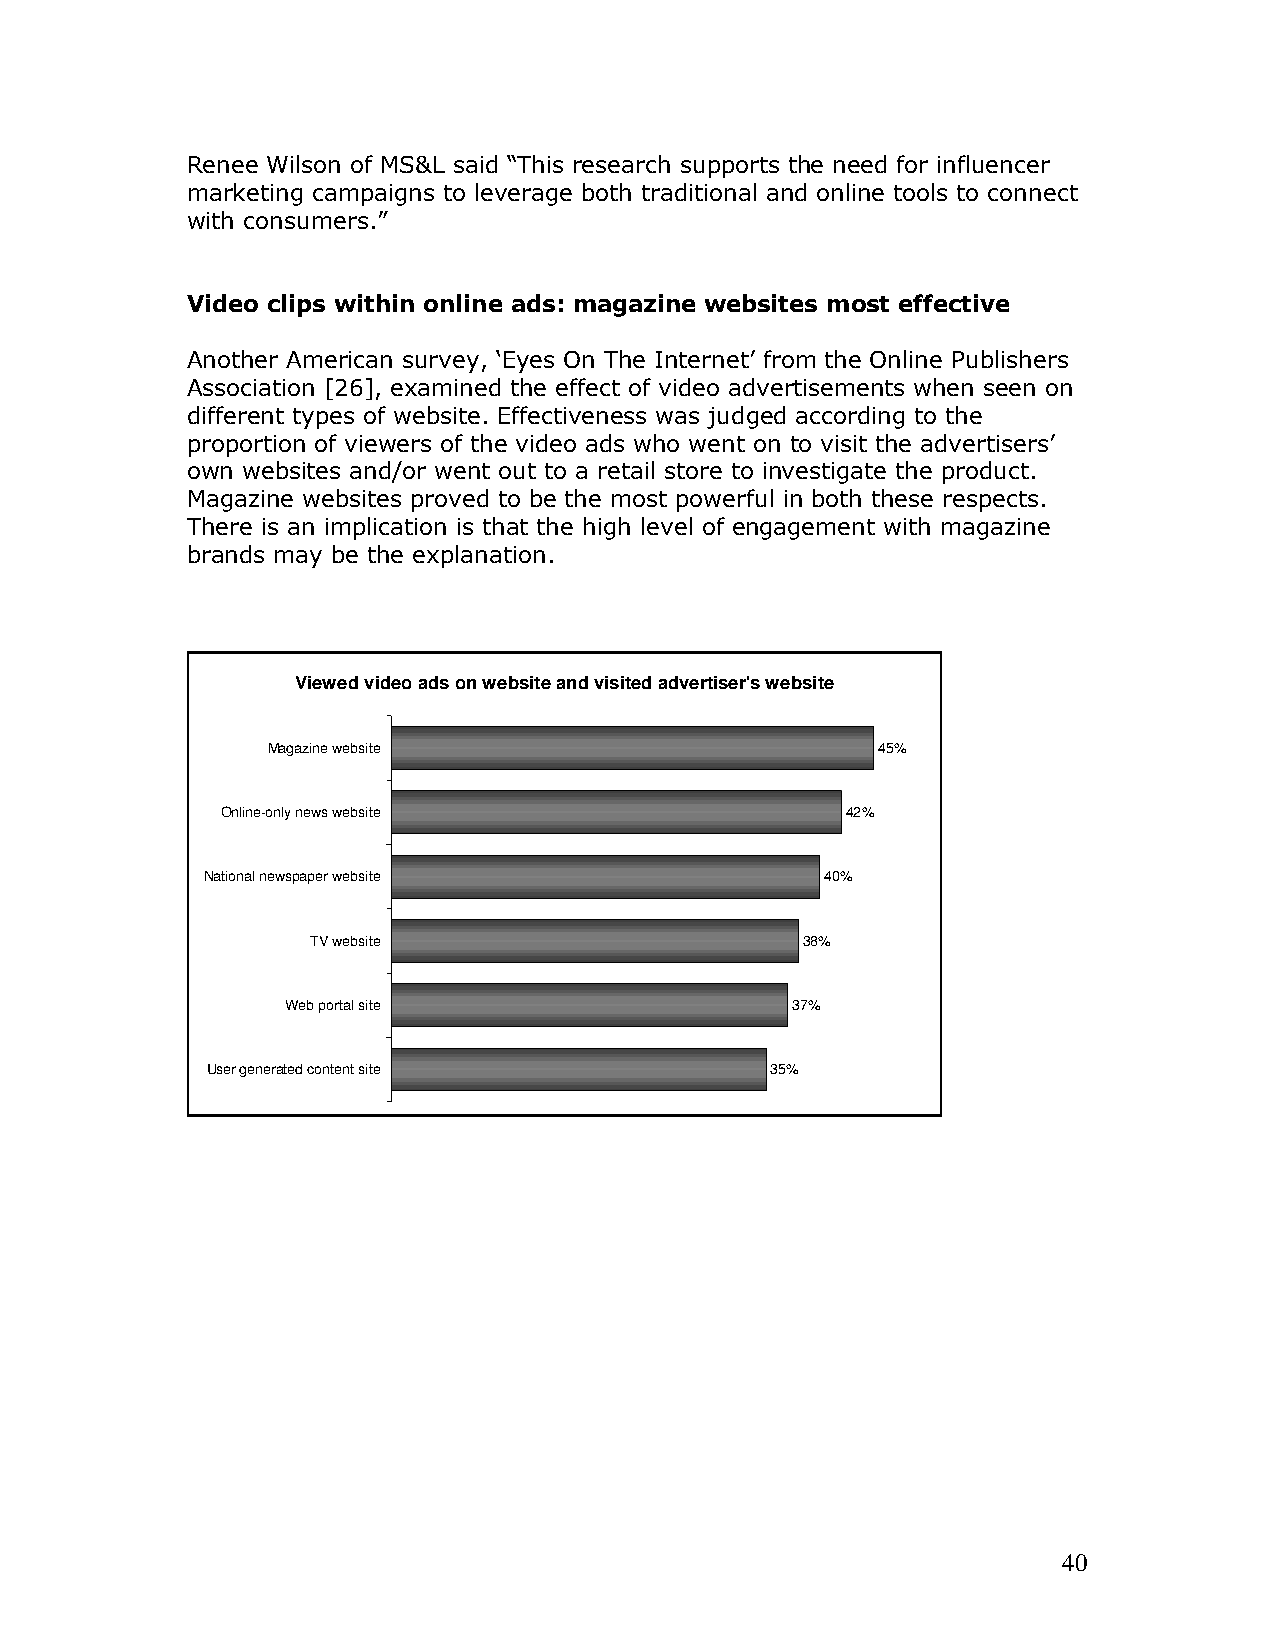
Renee Wilson of MS&L said “This research supports the need for influencer
 marketing campaigns to leverage both traditional and online tools to connect
 with consumers.”
 Video clips within online ads: magazine websites most effective
 Another American survey, ‘Eyes On The Internet’ from the Online Publishers
 Association [26], examined the effect of video advertisements when seen on
 different types of website. Effectiveness was judged according to the
 proportion of viewers of the video ads who went on to visit the advertisers’
 own websites and/or went out to a retail store to investigate the product.
 Magazine websites proved to be the most powerful in both these respects.
 There is an implication is that the high level of engagement with magazine
 brands may be the explanation.
 Viewed video ads on website and visited advertiser's website
 Magazine website                        45%
 Online-only news website                 42%
 National newspaper website                40%
 TV website                      38%
 Web portal site                  37%
 User generated content site          35%
 40